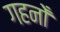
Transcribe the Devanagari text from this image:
गहनोँ